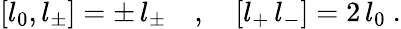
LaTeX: \left[l_{0},l_{\pm}\right]=\pm\, l_{\pm}\quad,\quad\left[l_{+}\, l_{-}\right]=2\, l_{0}~.